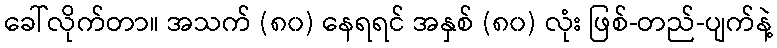
ခေါ်လိုက်တာ။ အသက် (၈၀) နေရရင် အနှစ် (၈၀) လုံး ဖြစ်-တည်-ပျက်နဲ့